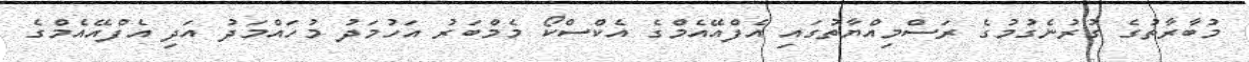
މުބާރާތުގެ ގުރުނެގުމުގެ ރަސްމިއްޔާތުގައި އެފްއޭއެމްގެ އެކްސްކޯ މެމްބަރު އަހުމަދު މުހައްމަދު އަދި އެފްއޭއެމްގެ